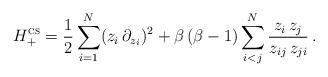
LaTeX: \begin{align*}{H}_+^\textsc{cs} = \frac12 \sum_{i=1}^N (z_i \, \partial_{z_i})^2 + \beta\,(\beta-1) \sum_{i<j}^N \frac{z_i\,z_j}{z_{ij} \, z_{ji}} \, .\end{align*}